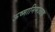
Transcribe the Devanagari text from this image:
ऊष्मानिमज्जक